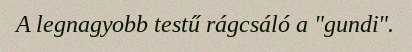
A legnagyobb testű rágcsáló a "gundi".